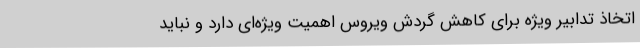
اتخاذ تدابیر ویژه برای کاهش گردش ویروس اهمیت ویژه‌ای دارد و نباید